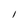
Character: I